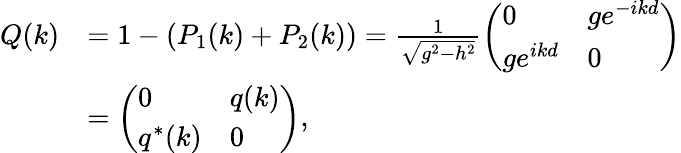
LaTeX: \begin{array}{rl}{Q(k)}&{=1-\left(P_{1}(k)+P_{2}(k)\right)=\frac{1}{\sqrt{g^{2}-h^{2}}}\left(\begin{array}{ll}{0}&{ge^{-ikd}}\\ {ge^{ikd}}&{0}\end{array}\right)}\\ &{=\left(\begin{array}{ll}{0}&{q(k)}\\ {q^{*}(k)}&{0}\end{array}\right),}\end{array}